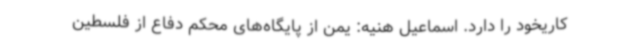
کاریخود را دارد. اسماعیل هنیه: یمن از پایگاه‌های محکم دفاع از فلسطین